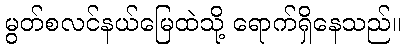
မွတ်စလင်နယ်မြေထဲသို့ ရောက်ရှိနေသည်။